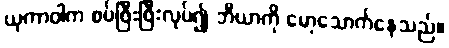
ယုကာဝါက စပ်ဖြီးဖြီးလုပ်၍ ဘီယာကို မော့သောက်နေသည်။